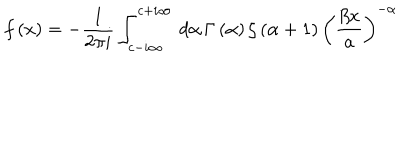
LaTeX: f \left( x \right) = - \frac { 1 } { 2 \pi i } \int _ { c - i \infty } ^ { c + i \infty } \, d \alpha \, \Gamma \left( \alpha \right) \zeta \left( \alpha + 1 \right) \left( \frac { \beta x } { a } \right) ^ { - \alpha }